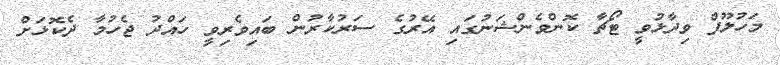
މަހުލޫފް ވިދާޅުވީ ޓޯޗާ ކޮންވެންޝަނުގައި އޭރުގެ ސަރުކާރުން ބައިވެރިވީ ހައްދު ޖެހުމާ ދެކޮޅަށް